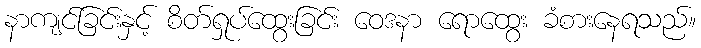
နာကျင်ခြင်းနှင့် စိတ်ရှုပ်ထွေးခြင်း ဝေဒနာ ရောထွေး ခံစားနေရသည်။